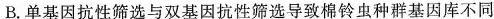
B.单基因抗性筛选与双基因抗性筛选导致棉铃虫种群基因库不同